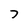
Character: 7